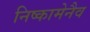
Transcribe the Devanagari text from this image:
निष्कामेनैव